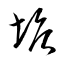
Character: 塘